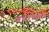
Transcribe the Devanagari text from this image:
वराछा